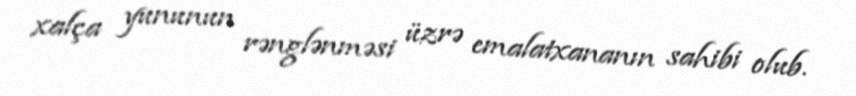
xalça yununun rənglənməsi üzrə emalatxananın sahibi olub.